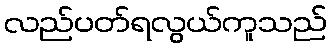
လည်ပတ်ရလွယ်ကူသည်